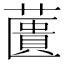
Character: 䕚